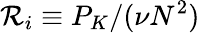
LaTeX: \mathcal{R}_{i}\equiv P_{K}/(\nu N^{2})